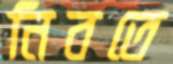
নিবতে